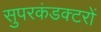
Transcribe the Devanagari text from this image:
सुपरकंडक्टरों